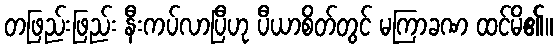
တဖြည်းဖြည်း နီးကပ်လာပြီဟု ပီယာစိတ်တွင် မကြာခဏ ထင်မိ၏။